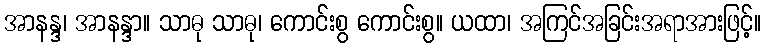
အာနန္ဒ၊ အာနန္ဒာ။ သာဓု သာဓု၊ ကောင်းစွ ကောင်းစွ။ ယထာ၊ အကြင်အခြင်းအရာအားဖြင့်။